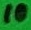
Text: 10